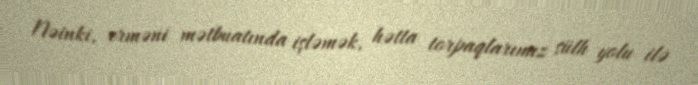
Nəinki, erməni mətbuatında işləmək, hətta torpaqlarımız sülh yolu ilə